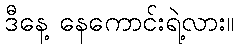
ဒီနေ့ နေကောင်းရဲ့လား။